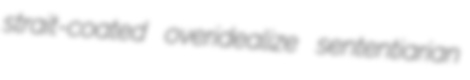
strait-coated overidealize sententiarian